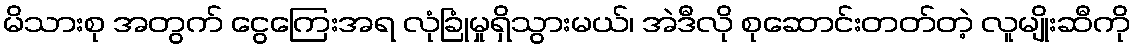
မိသားစု အတွက် ငွေကြေးအရ လုံခြုံမှုရှိသွားမယ်၊ အဲဒီလို စုဆောင်းတတ်တဲ့ လူမျိုးဆီကို